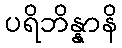
ပရိဘိန္နာနိ